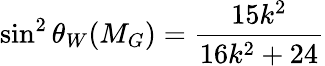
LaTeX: \sin^{2}\theta_{W}(M_{G})=\frac{15k^{2}}{16k^{2}+24}